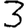
Digit: 3